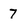
Character: 7